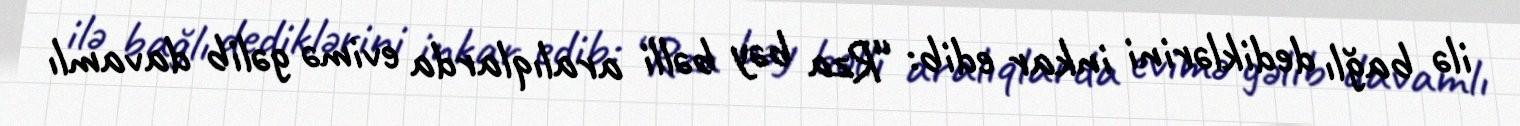
ilə bağlı dediklərini inkar edib: “Rza bəy bəlli aralıqlarda evimə gəlib davamlı